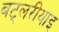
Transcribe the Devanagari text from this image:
बट्लरीयाइ